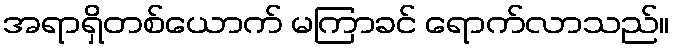
အရာရှိတစ်ယောက် မကြာခင် ရောက်လာသည်။